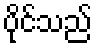
ပိုင်သည်